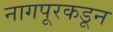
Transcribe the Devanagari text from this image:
नागपूरकडून